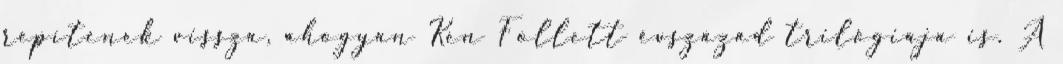
repítenek vissza, ahogyan Ken Follett évszázad trilógiája is. A